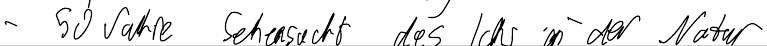
- 50 Jahre Sehnsucht des Ichs in der Natur